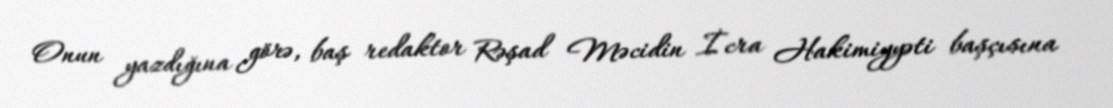
Onun yazdığına görə, baş redaktor Rəşad Məcidin İcra Hakimiyyəti başçısına